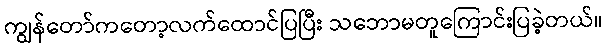
ကျွန်တော်ကတော့လက်ထောင်ပြပြီး သဘောမတူကြောင်းပြခဲ့တယ်။